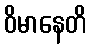
ဝိမာနေတိ